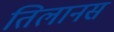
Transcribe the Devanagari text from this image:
तिलानस